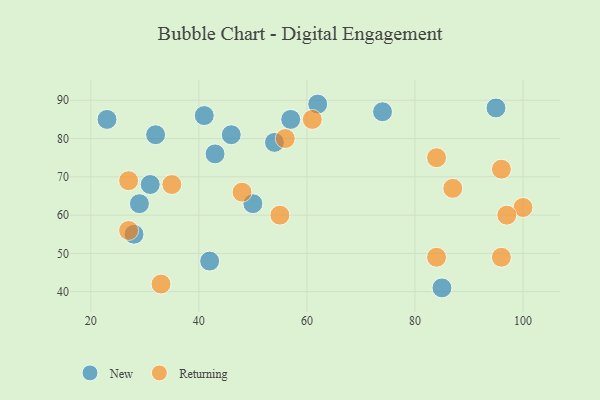
{"axis": {"x": "GDP", "y": "Life Expectancy"}, "legend": ["New", "Returning"], "data": [{"x": "95", "y": 88, "type": "New"}, {"x": "41", "y": 86, "type": "New"}, {"x": "43", "y": 76, "type": "New"}, {"x": "85", "y": 41, "type": "New"}, {"x": "23", "y": 85, "type": "New"}, {"x": "57", "y": 85, "type": "New"}, {"x": "31", "y": 68, "type": "New"}, {"x": "46", "y": 81, "type": "New"}, {"x": "42", "y": 48, "type": "New"}, {"x": "29", "y": 63, "type": "New"}, {"x": "28", "y": 55, "type": "New"}, {"x": "54", "y": 79, "type": "New"}, {"x": "74", "y": 87, "type": "New"}, {"x": "50", "y": 63, "type": "New"}, {"x": "62", "y": 89, "type": "New"}, {"x": "32", "y": 81, "type": "New"}, {"x": "96", "y": 49, "type": "Returning"}, {"x": "55", "y": 60, "type": "Returning"}, {"x": "87", "y": 67, "type": "Returning"}, {"x": "33", "y": 42, "type": "Returning"}, {"x": "48", "y": 66, "type": "Returning"}, {"x": "84", "y": 75, "type": "Returning"}, {"x": "96", "y": 72, "type": "Returning"}, {"x": "27", "y": 56, "type": "Returning"}, {"x": "100", "y": 62, "type": "Returning"}, {"x": "84", "y": 49, "type": "Returning"}, {"x": "97", "y": 60, "type": "Returning"}, {"x": "35", "y": 68, "type": "Returning"}, {"x": "27", "y": 69, "type": "Returning"}, {"x": "61", "y": 85, "type": "Returning"}, {"x": "56", "y": 80, "type": "Returning"}]}